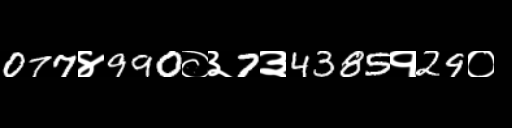
Text: 077४990०३7३4385१29०